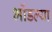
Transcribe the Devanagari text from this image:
भोंडल्या